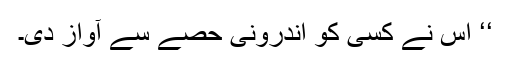
‘‘ اس نے کسی کو اندرونی حصے سے آواز دی۔